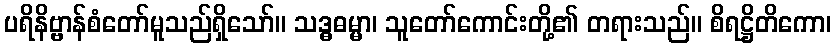
ပရိနိဗ္ဗာန်စံတော်မူသည်ရှိသော်။ သဒ္ဓဓမ္မာ၊ သူတော်ကောင်းတို့၏ တရားသည်။ စိရဋ္ဌိတိကော၊